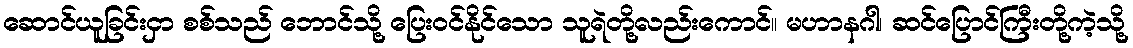
ဆောင်ယူခြင်းငှာ စစ်သည် ဘောင်သို့ ပြေးဝင်နိုင်သော သူရဲတို့လည်းကောင်။ မဟာနဂါ၊ ဆင်ပြောင်ကြီးတို့ကဲ့သို့